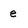
Character: e